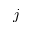
j